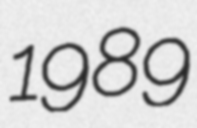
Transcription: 1989